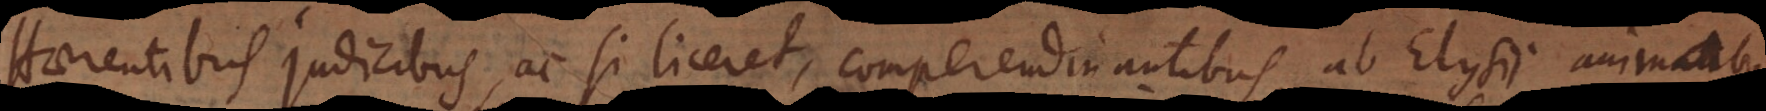
Haerentibus judicibus, ac si liceret, comperendinantibus, ab Elysii animabus